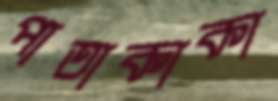
পাতাকাকা